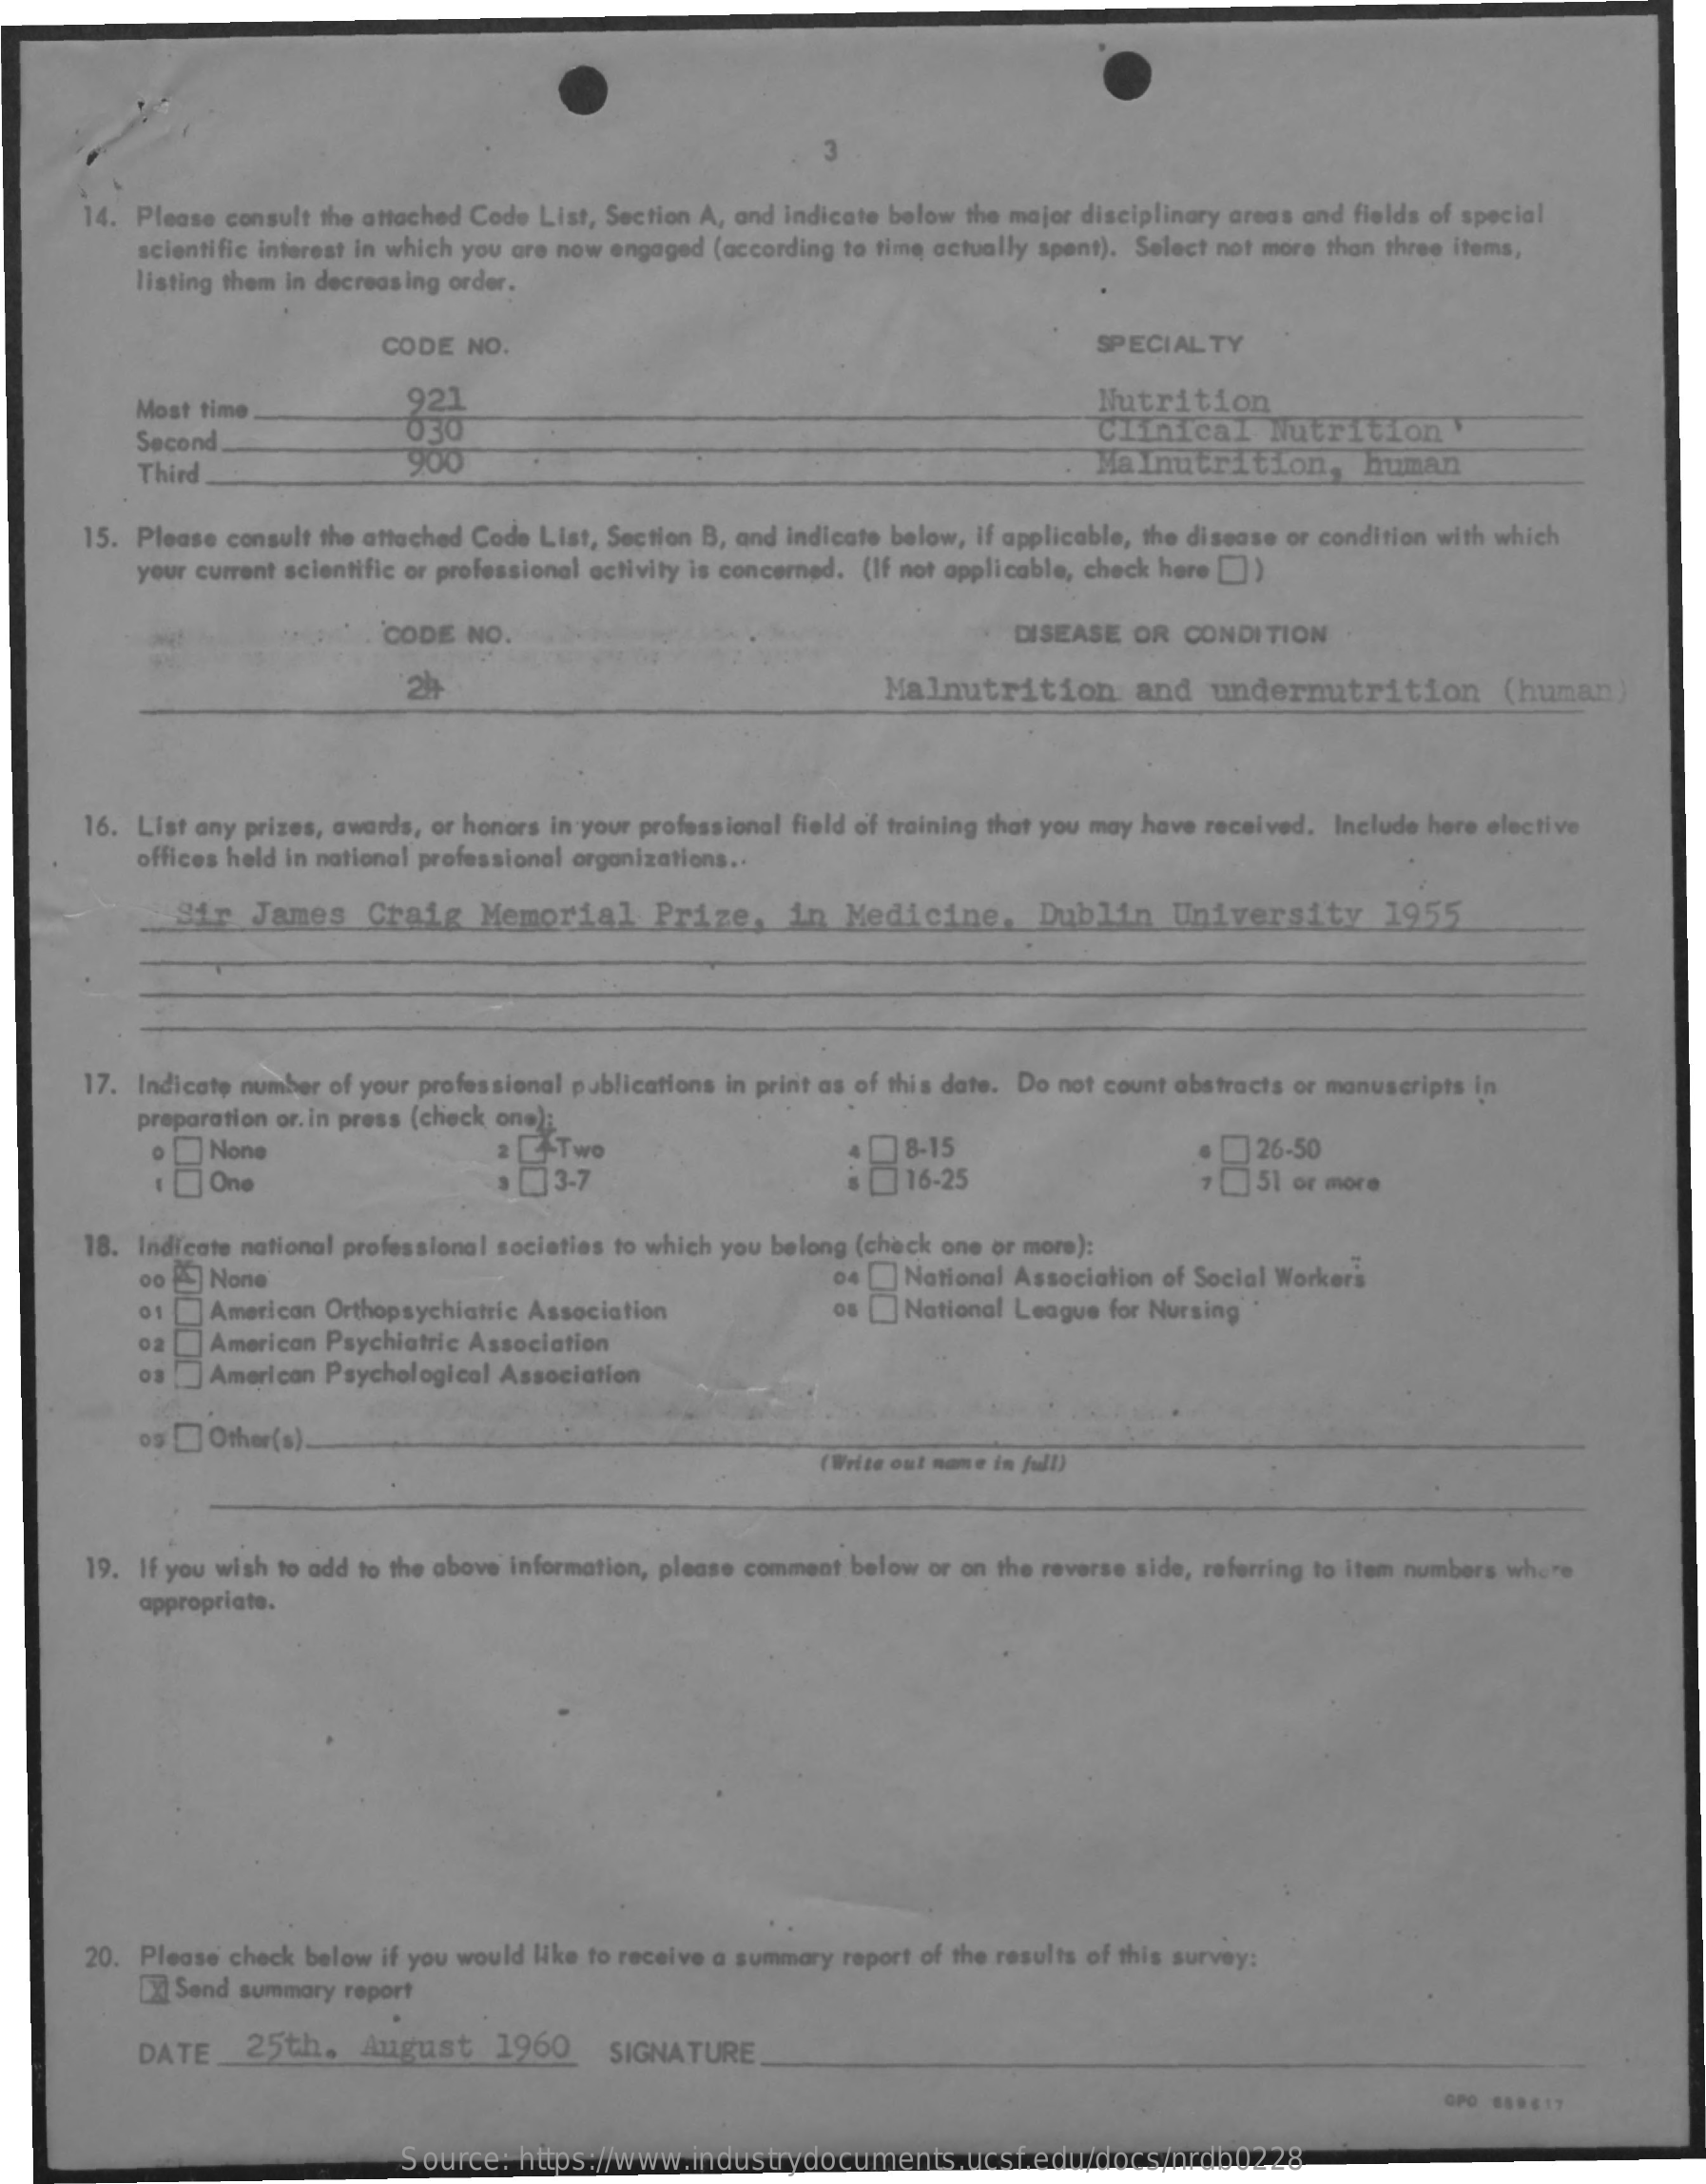
14. Please consult the attached Code List, Section A, and indicate below the major disciplinary areas and fields of special
     scientific interest in which you are now engaged (according to time actually spent). Select not more than three items,
     listing them in decreasing order.
     CODE  NO.    SPECIAL TY
     Most time    921
     630
     Nutrition
     Second.    Clinical    Nutrition
     Third
     900    Malnutrition,    human
     15. Please consult the attached Code List, Section B, and indicate below, if applicable, the disease or condition with which
     your current scientific or professional activity is concerned. (If not applicable, check here [])
     CODE NO.    DISEASE  OR CONDITION
     24    Malnutrition    and  undernutrition    (human)
     16. List any prizes, awards, or honors in your professional field of training that you may have received. Include here elective
     offices held in national professional organizations ..
     Sir  James   Craig   Memorial    Prize,   in  Medicine,    Dublin    University    1955
     17. Indicato number of your professional publications in print as of this date. Do not count abstracts or manuscripts in
     preparation or. in press (check one):
     o  ] None
     One
     2  STwo
     ● □  3-7
     ] 8-15
     16-25    .  26-50
     7   51 or more
     18. Indicate national professional societies to which you belong (check one or more):
     00  ] None    04 [ National Association of Social Workers
     01  ]American Orthopsychiatric Association    os  National League for Nursing
     American Psychiatric Association
     American Psychological Association
     09 [] Other(s).
     (Write out name in full)
     19. If you wish to add to the above information, please comment below or on the reverse side, referring to item numbers where
     appropriate.
     20. Please check below if you would like to receive a summary report of the results of this survey:
     [X] Send summary report
     DATE_   25th.   August   1960    SIGNATURE.
     GPO 889617
     Source:  https://www.industrydocuments.ucsf.edu/docs/nrdb0228